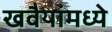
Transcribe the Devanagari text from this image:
खवैयांमध्ये